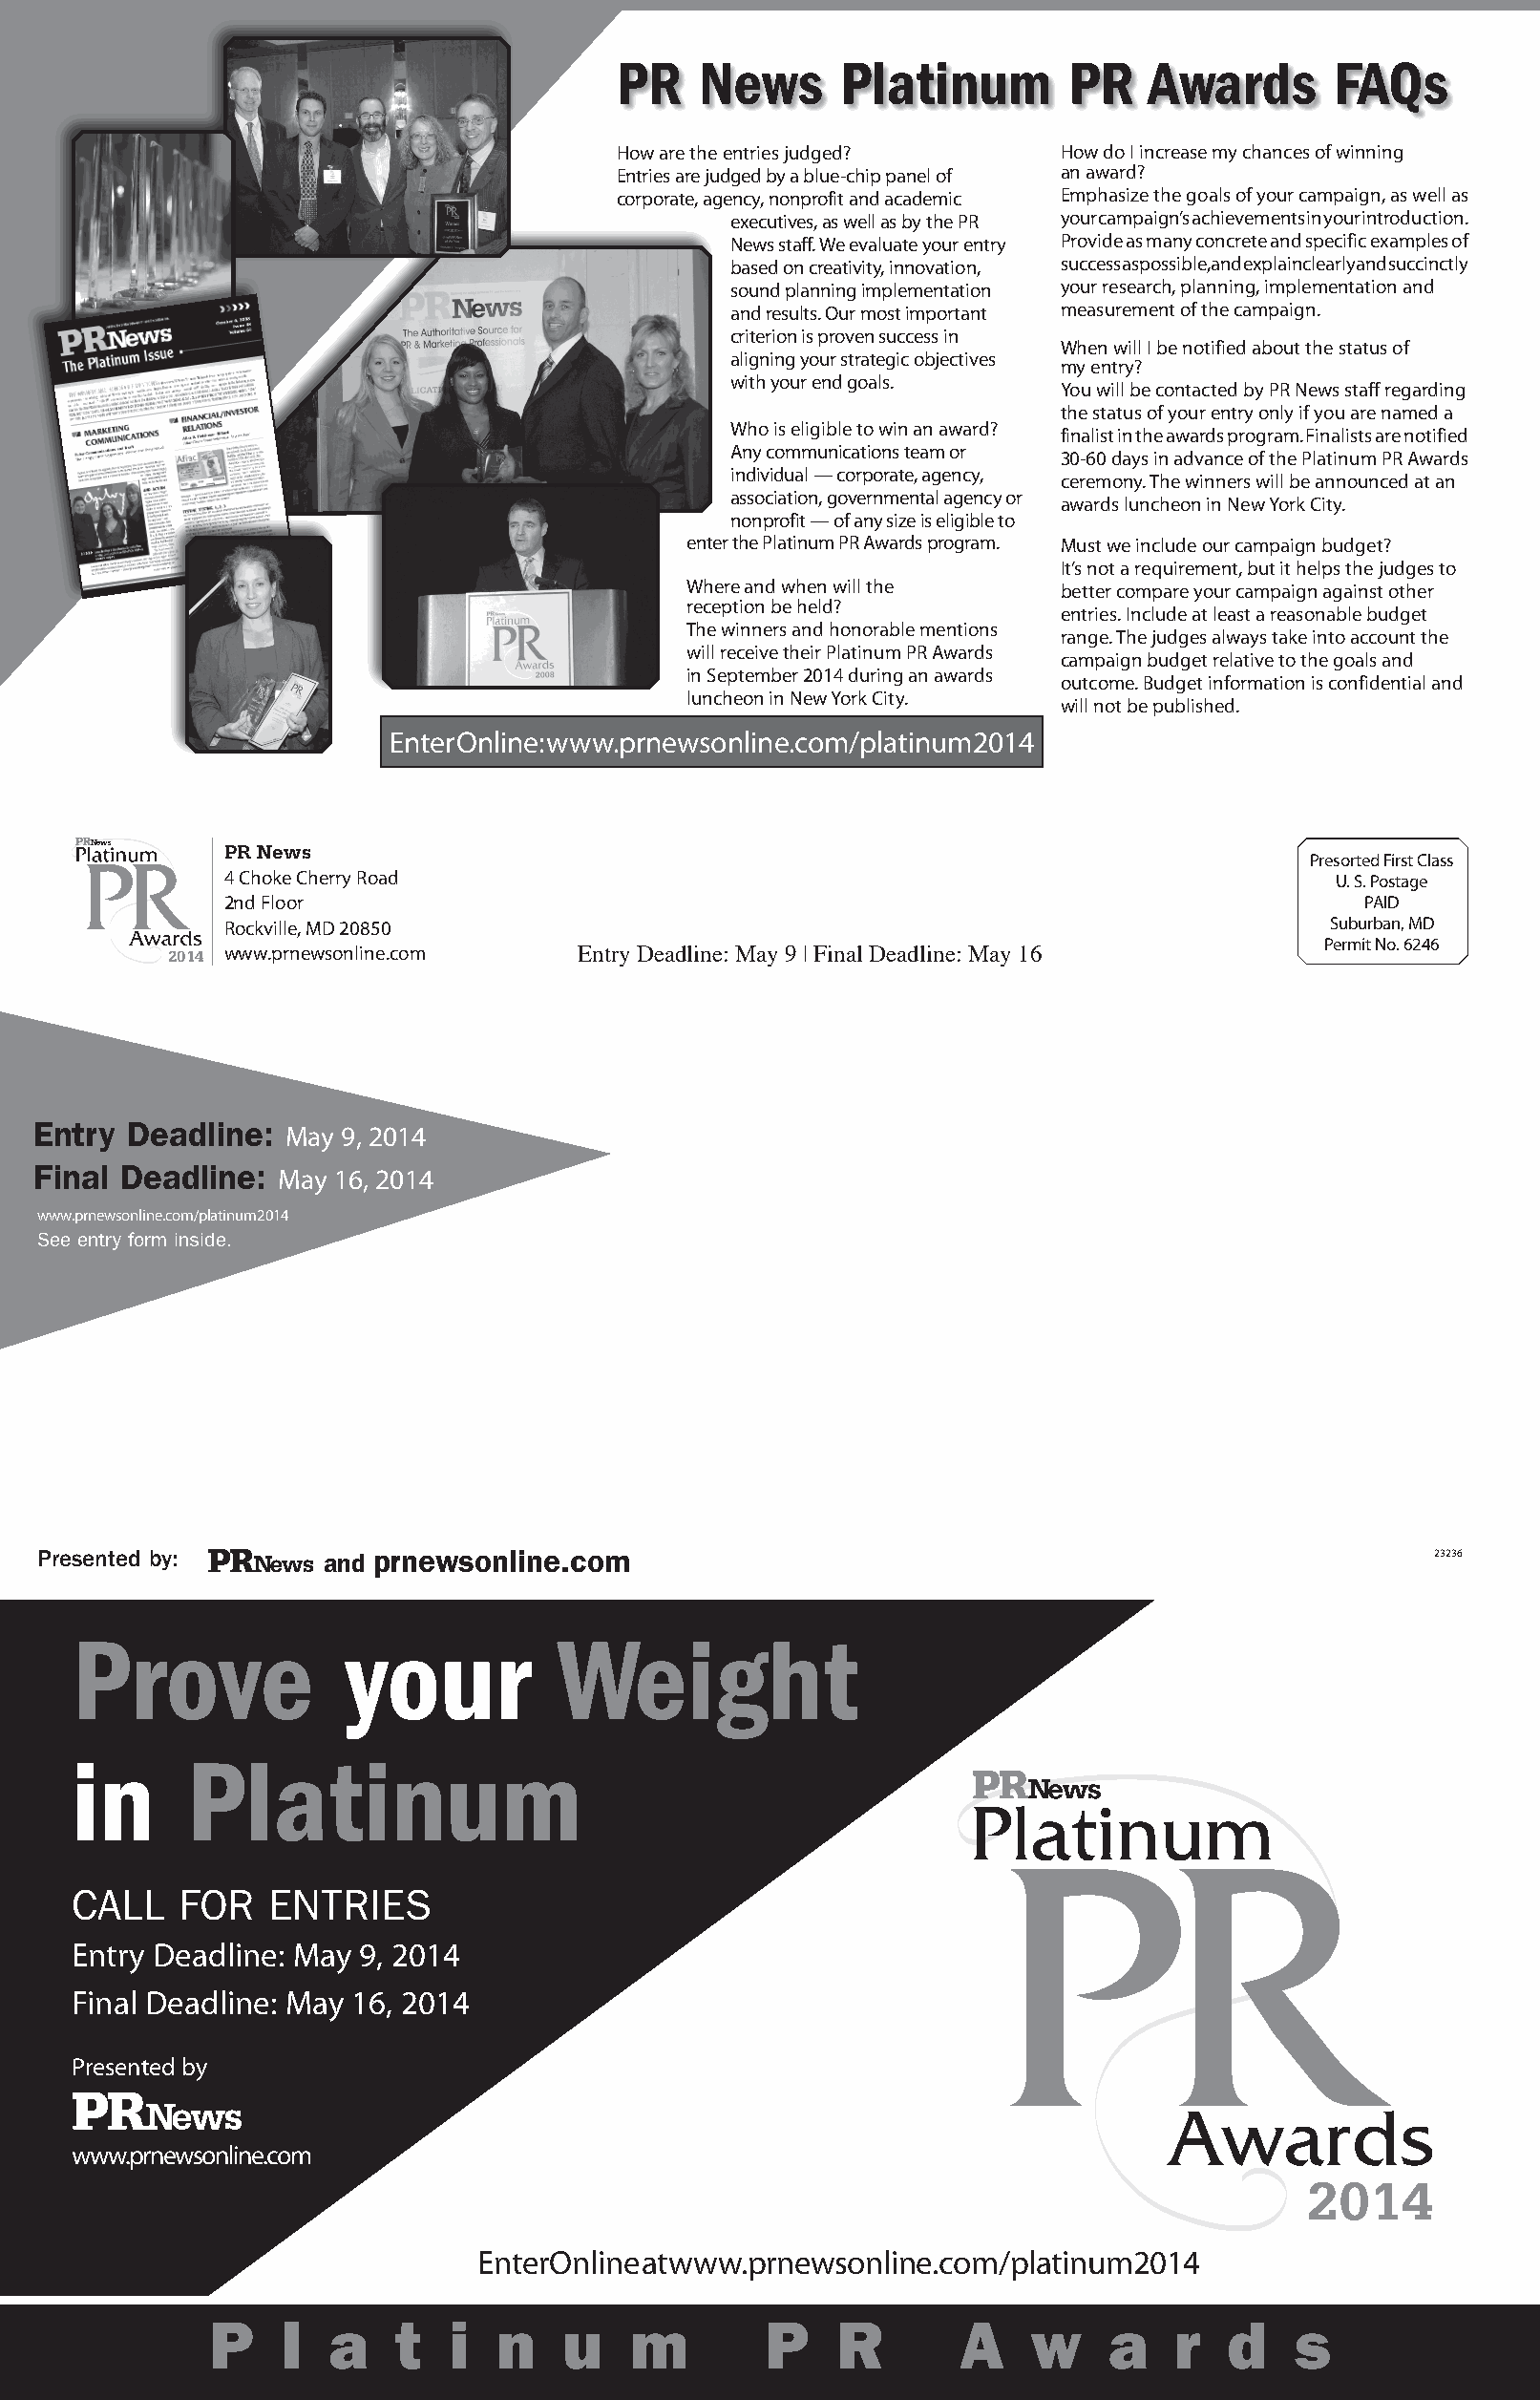
PR   News      Platinum        PR    Awards      FAQs
 How are the entries judged?    How do I increase my chances of winning
 Entries are judged by a blue-chip panel of an award?
 corporate, agency, nonprofit and academic Emphasize the goals of your campaign, as well as
 executives, as well as by the PR your campaign’s achievements in your introduction.
 News staff. We evaluate your entry Provide as many concrete and specific examples of
 based on creativity, innovation, success as possible, and explain clearly and succinctly
 sound planning implementation your research, planning, implementation and
 and results. Our most important measurement of the campaign.
 criterion is proven success in
 When will I be notified about the status of
 aligning your strategic objectives
 my entry?
 with your end goals.
 You will be contacted by PR News staff regarding
 the status of your entry only if you are named a
 Who is eligible to win an award?
 finalist in the awards program. Finalists are notified
 Any communications team or
 30-60 days in advance of the Platinum PR Awards
 individual — corporate, agency,
 ceremony. The winners will be announced at an
 association, governmental agency or
 awards luncheon in New York City.
 nonprofit — of any size is eligible to
 enter the Platinum PR Awards program. Must we include our campaign budget?
 It’s not a requirement, but it helps the judges to
 Where and when will the   better compare your campaign against other
 reception be held?
 entries. Include at least a reasonable budget
 The winners and honorable mentions
 range. The judges always take into account the
 will receive their Platinum PR Awards
 campaign budget relative to the goals and
 in September 2014 during an awards
 outcome. Budget information is confidential and
 luncheon in New York City.
 will not be published.
 Enter Online: www.prnewsonline.com/platinum2014
 PR News
 Presorted First Class
 4 Choke Cherry Road                                                          U. S. Postage
 2nd Floor                                                                      PAID
 Rockville, MD 20850                                                         Suburban, MD
 Permit No. 6246
 2014 www.prnewsonline.com   Entry Deadline: May 9 | Final Deadline: May 16
 Entry  Deadline:  May 9, 2014
 Final Deadline:  May 16, 2014
 www.prnewsonline.com/platinum2014
 See entry form inside.
 Presented by:      and prnewsonline.com                                                         23236
 Prove              your           Weight
 in      Platinum
 CALL   FOR    ENTRIES
 Entry Deadline: May 9, 2014
 Final Deadline: May 16, 2014
 Presented by
 www.prnewsonline.com
 2014
 Enter Online at www.prnewsonline.com/platinum2014
 P    l  a   t   i  n    u    m        P    R       A    w     a   r   d    s